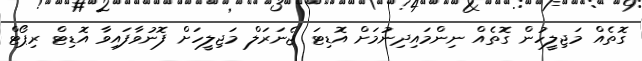
ގޮތެއް މަޖިލީހުން ގޮތެއް ނިންމައިދިނުމަށް އޮޑިޓަ ޖެނަރަލް މަޖިލީހަށް ފޮނުވާފައިވާ އޮޑިޓް ރިޕޯޓް